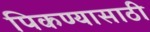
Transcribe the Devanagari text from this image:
पिकण्यासाठी